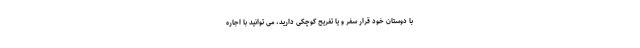
با دوستان خود قرار سفر و یا تفریح کوچکی دارید، می توانید با اجاره